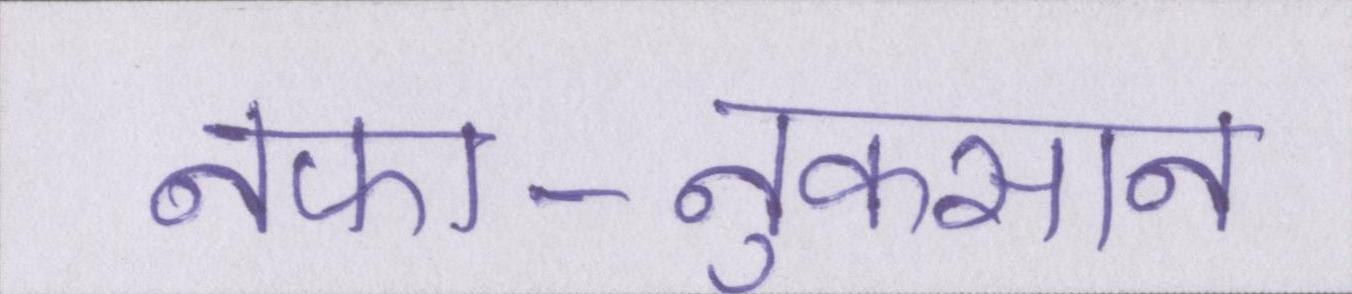
नफा-नुकसान